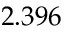
2 . 3 9 6